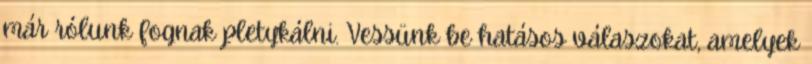
már rólunk fognak pletykálni. Vessünk be hatásos válaszokat, amelyek